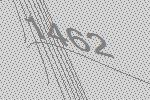
1462